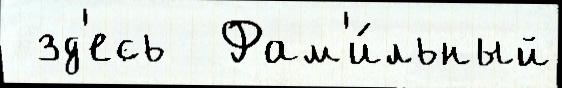
 зд'есь  Фам'и́льный